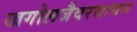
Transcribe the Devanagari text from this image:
खगोलजैवरसायन